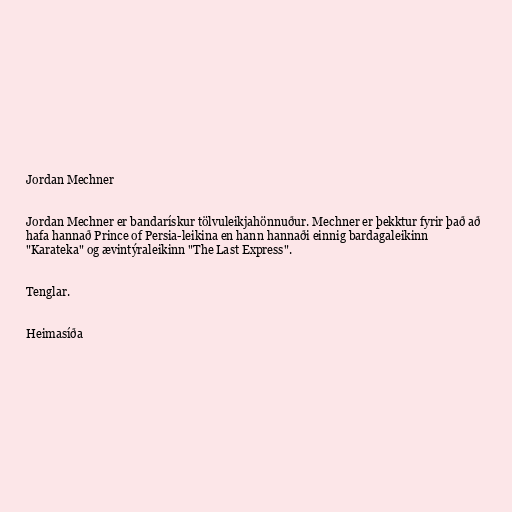
Jordan Mechner

Jordan Mechner er bandarískur tölvuleikjahönnuður. Mechner er þekktur fyrir það að
hafa hannað Prince of Persia-leikina en hann hannaði einnig bardagaleikinn
"Karateka" og ævintýraleikinn "The Last Express".

Tenglar.

Heimasíða